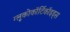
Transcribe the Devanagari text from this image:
ग्लूकोकॉर्टिकॉइड्स